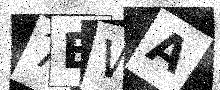
Text: 7EWA